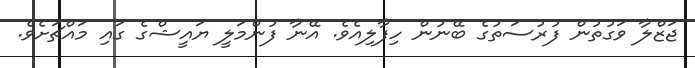
ޖަޒްލާ ވަގުތުން ފުރުސަތުގެ ބޭނުން ހިފާލިއެވެ. އޭނާ ފުންމަލީ ޔައީޝްގެ ގައި މައްޗަށެވެ.